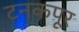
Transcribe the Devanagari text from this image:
टनकपूर